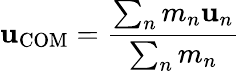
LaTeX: \mathbf{u}_{\mathrm{COM}}={\frac{\sum_{n}m_{n}\mathbf{u}_{n}}{\sum_{n}m_{n}}}